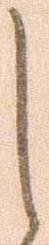
し